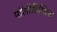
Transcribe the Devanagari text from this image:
पॉलीडिप्सिया